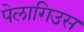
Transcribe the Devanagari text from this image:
पेलागिउस